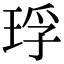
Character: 琈